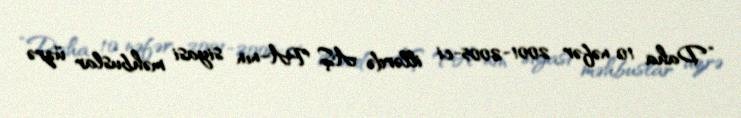
“Daha 10 nəfər 2001-2005-ci illərdə AŞ PA-nın siyasi məhbuslar üzrə